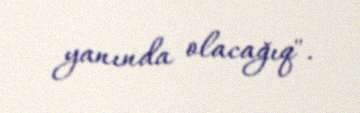
yanında olacağıq".